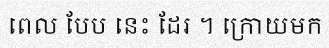
ពេល បែប នេះ ដែរ ។ ក្រោយមក